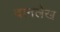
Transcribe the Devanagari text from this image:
दानलेख